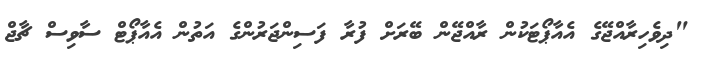
"ދިވެހިރާއްޖޭގެ އެއާޕޯޓަކުން ރާއްޖޭން ބޭރަށް ފުރާ ފަސިންޖަރުންގެ އަތުން އެއާޕޯޓް ސާވިސް ޗާޖް